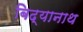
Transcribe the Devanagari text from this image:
बिद्यानाथ